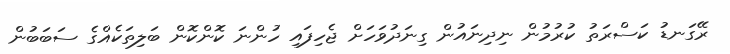
ރޭގަނޑު ކަސްރަތު ކުރުމުން ނިދިނައުން ގިނަދުވަހަށް ޖެހިފައި ހުންނަ ކޮންކޮން ބަލިތަކެއްގެ ސަބަބުން